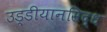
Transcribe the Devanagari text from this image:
उड्डीयानसिद्ध